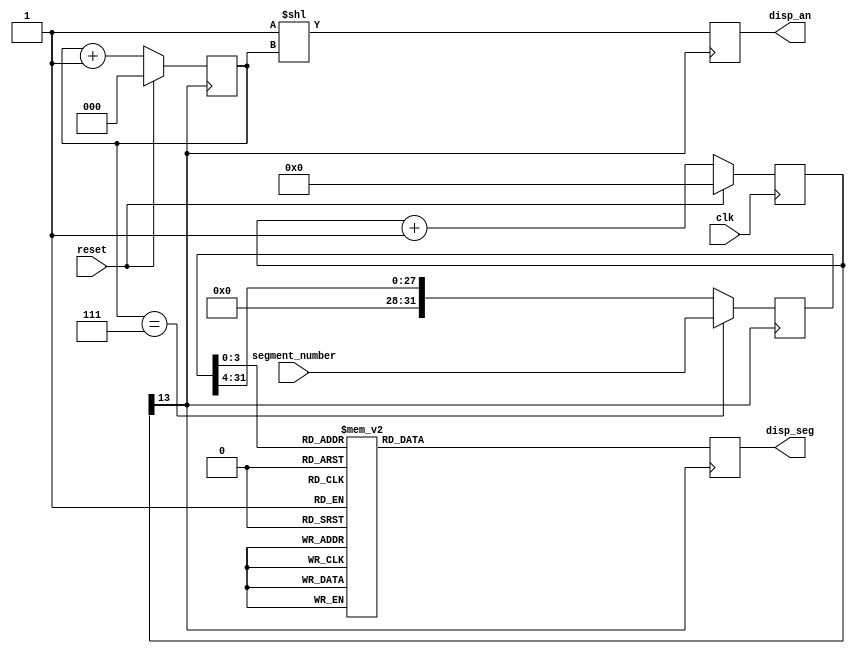
// Copyright 2022 Anders Lynge Esbensen. All rights reserved.
// Use of this source code is governed by a BSD-style
// license that can be found in the LICENSE file.


module hex7segment(
           input reset,
           input clk,
           input[31:0] segment_number,
           output reg[6:0] disp_seg,
           output reg[7:0] disp_an
       );

reg[31:0] segment_numberL;
reg[13:0] div;
reg[2:0] digit;

wire low_clk = div[13];
always @( posedge clk ) div <= reset ? 0 : div +1;

always @( posedge low_clk ) begin
    if(digit == 7)
        segment_numberL[31:0] <= segment_number[31:0];
    else
        segment_numberL <= segment_numberL >> 4;

    digit <= reset ? 0 : digit + 1;
    disp_an <= 1'b1 << (digit);

    case (segment_numberL[3:0])
        4'h0: disp_seg <= 7'b0111111;
        4'h1: disp_seg <= 7'b0000110;
        4'h2: disp_seg <= 7'b1011011;
        4'h3: disp_seg <= 7'b1001111;
        4'h4: disp_seg <= 7'b1100110;
        4'h5: disp_seg <= 7'b1101101;
        4'h6: disp_seg <= 7'b1111101;
        4'h7: disp_seg <= 7'b0000111;
        4'h8: disp_seg <= 7'b1111111;
        4'h9: disp_seg <= 7'b1101111;
        4'hA: disp_seg <= 7'b1110111;
        4'hB: disp_seg <= 7'b1111100;
        4'hC: disp_seg <= 7'b0111001;
        4'hD: disp_seg <= 7'b1011110;
        4'hE: disp_seg <= 7'b1111001;
        4'hF: disp_seg <= 7'b1110001;
    endcase
end
endmodule